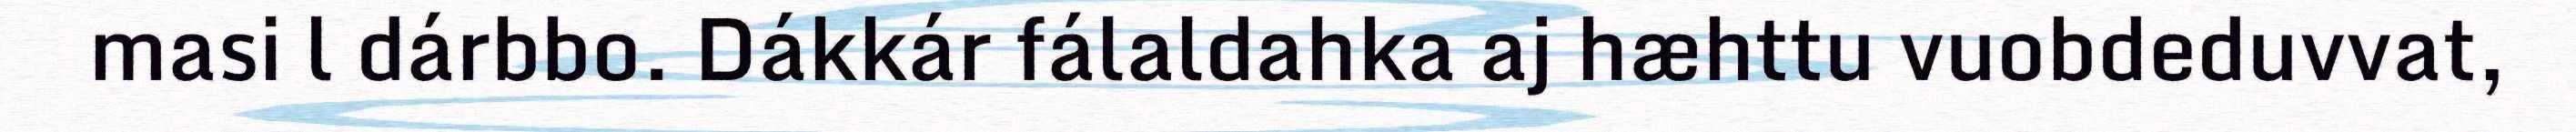
masi l dárbbo. Dákkár fálaldahka aj hæhttu vuobdeduvvat,